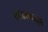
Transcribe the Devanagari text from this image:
स्पंदकातून